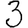
Digit: 3